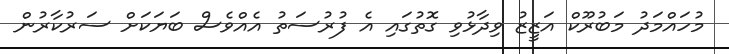
މުހައްމަދު މަބުރޫކް އަޒީޒު ވިދާޅުވި ގޮތުގައި އެ ފުރުސަތު އެއްވެސް ބަޔަކަށް ސަރުކާރުން